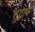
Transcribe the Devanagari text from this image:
शुद्धार्थ